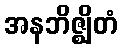
အနဘိဇ္ဈိတံ